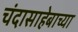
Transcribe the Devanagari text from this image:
चंदासाहेबाच्या